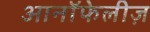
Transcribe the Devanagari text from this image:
आनॉफेलीज़